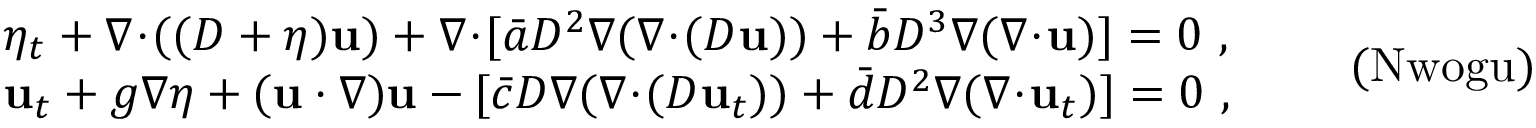
\begin{array} { r l } & { \eta _ { t } + \nabla \! \cdot \! ( ( D + \eta ) \mathbf { u } ) + \nabla \! \cdot \! [ \bar { a } D ^ { 2 } \nabla ( \nabla \! \cdot \! ( D \mathbf { u } ) ) + \bar { b } D ^ { 3 } \nabla ( \nabla \! \cdot \! \mathbf { u } ) ] = 0 \ , } \\ & { \mathbf { u } _ { t } + g \nabla \eta + ( \mathbf { u } \cdot \nabla ) \mathbf { u } - [ \bar { c } D \nabla ( \nabla \! \cdot \! ( D \mathbf { u } _ { t } ) ) + \bar { d } D ^ { 2 } \nabla ( \nabla \! \cdot \! \mathbf { u } _ { t } ) ] = 0 \ , } \end{array} \qquad \mathrm { ( N w o g u ) }